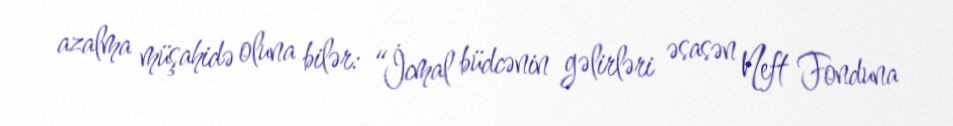
azalma müşahidə oluna bilər: “İcmal büdcənin gəlirləri əsasən Neft Fonduna